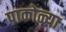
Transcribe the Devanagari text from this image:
पाकोळ्या